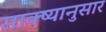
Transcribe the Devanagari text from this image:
साक्ष्यानुसार